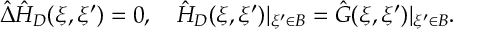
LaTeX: \hat { \Delta } { \hat { H } _ { D } } ( \xi , \xi ^ { \prime } ) = 0 , \quad { \hat { H } _ { D } } ( \xi , \xi ^ { \prime } ) { | _ { \xi ^ { \prime } \in B } } = \hat { G } ( \xi , \xi ^ { \prime } ) { | _ { \xi ^ { \prime } \in B } } .